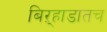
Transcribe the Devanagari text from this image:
बिऱ्हाडातच